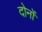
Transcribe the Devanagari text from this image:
दोनोंं